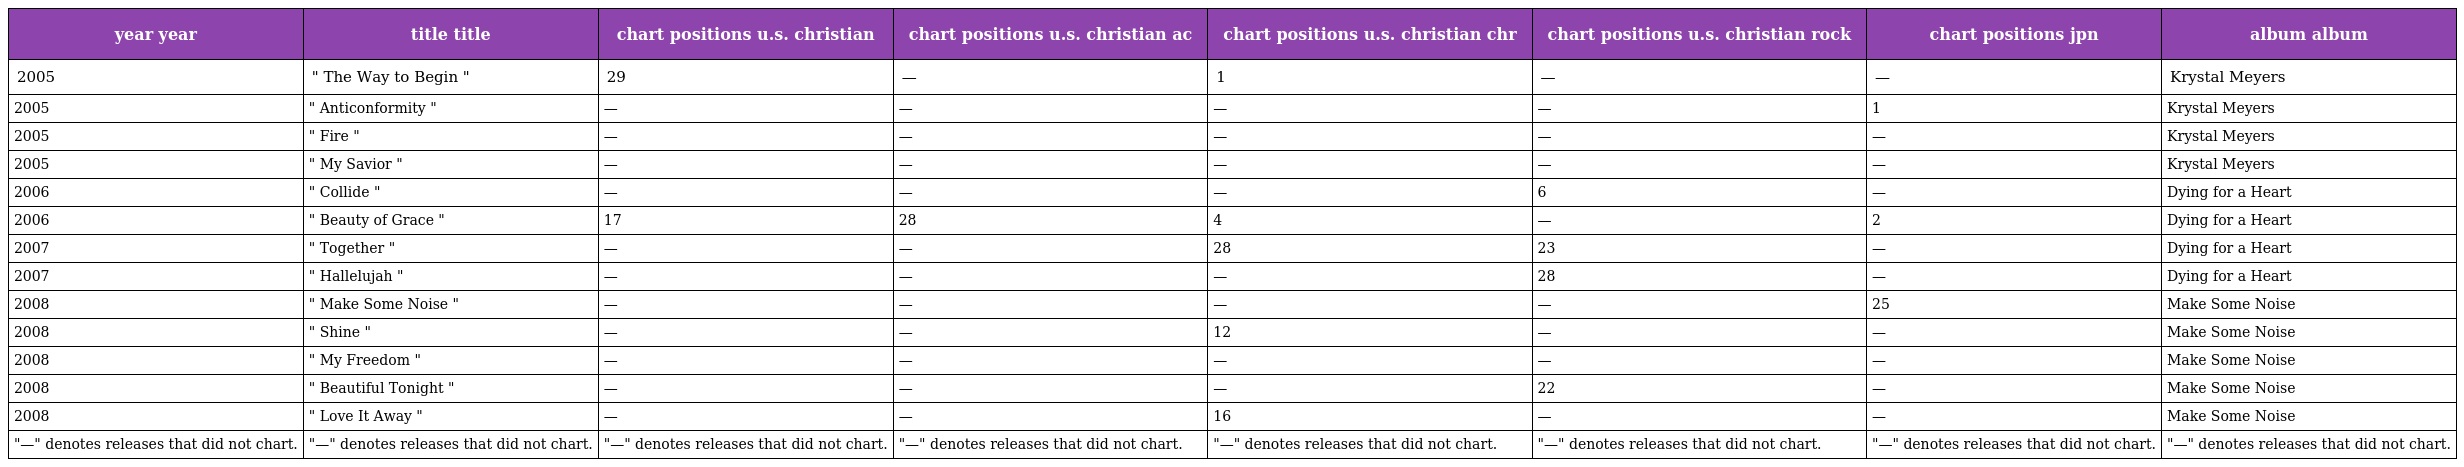
| year year | title title | chart positions u.s. christian | chart positions u.s. christian ac | chart positions u.s. christian chr | chart positions u.s. christian rock | chart positions jpn | album album |
 | --- | --- | --- | --- | --- | --- | --- | --- |
 | 2005 | " The Way to Begin " | 29 | — | 1 | — | — | Krystal Meyers |
 | 2005 | " Anticonformity " | — | — | — | — | 1 | Krystal Meyers |
 | 2005 | " Fire " | — | — | — | — | — | Krystal Meyers |
 | 2005 | " My Savior " | — | — | — | — | — | Krystal Meyers |
 | 2006 | " Collide " | — | — | — | 6 | — | Dying for a Heart |
 | 2006 | " Beauty of Grace " | 17 | 28 | 4 | — | 2 | Dying for a Heart |
 | 2007 | " Together " | — | — | 28 | 23 | — | Dying for a Heart |
 | 2007 | " Hallelujah " | — | — | — | 28 | — | Dying for a Heart |
 | 2008 | " Make Some Noise " | — | — | — | — | 25 | Make Some Noise |
 | 2008 | " Shine " | — | — | 12 | — | — | Make Some Noise |
 | 2008 | " My Freedom " | — | — | — | — | — | Make Some Noise |
 | 2008 | " Beautiful Tonight " | — | — | — | 22 | — | Make Some Noise |
 | 2008 | " Love It Away " | — | — | 16 | — | — | Make Some Noise |
 | "—" denotes releases that did not chart. | "—" denotes releases that did not chart. | "—" denotes releases that did not chart. | "—" denotes releases that did not chart. | "—" denotes releases that did not chart. | "—" denotes releases that did not chart. | "—" denotes releases that did not chart. | "—" denotes releases that did not chart. |